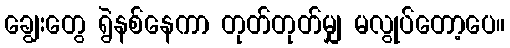
ချွေးတွေ ရွဲနစ်နေကာ တုတ်တုတ်မျှ မလွုပ်တော့ပေ။